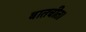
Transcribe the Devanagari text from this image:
बातचीत।